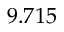
9 . 7 1 5